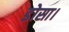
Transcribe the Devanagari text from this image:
डोसा।